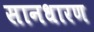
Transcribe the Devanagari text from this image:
सानधारण